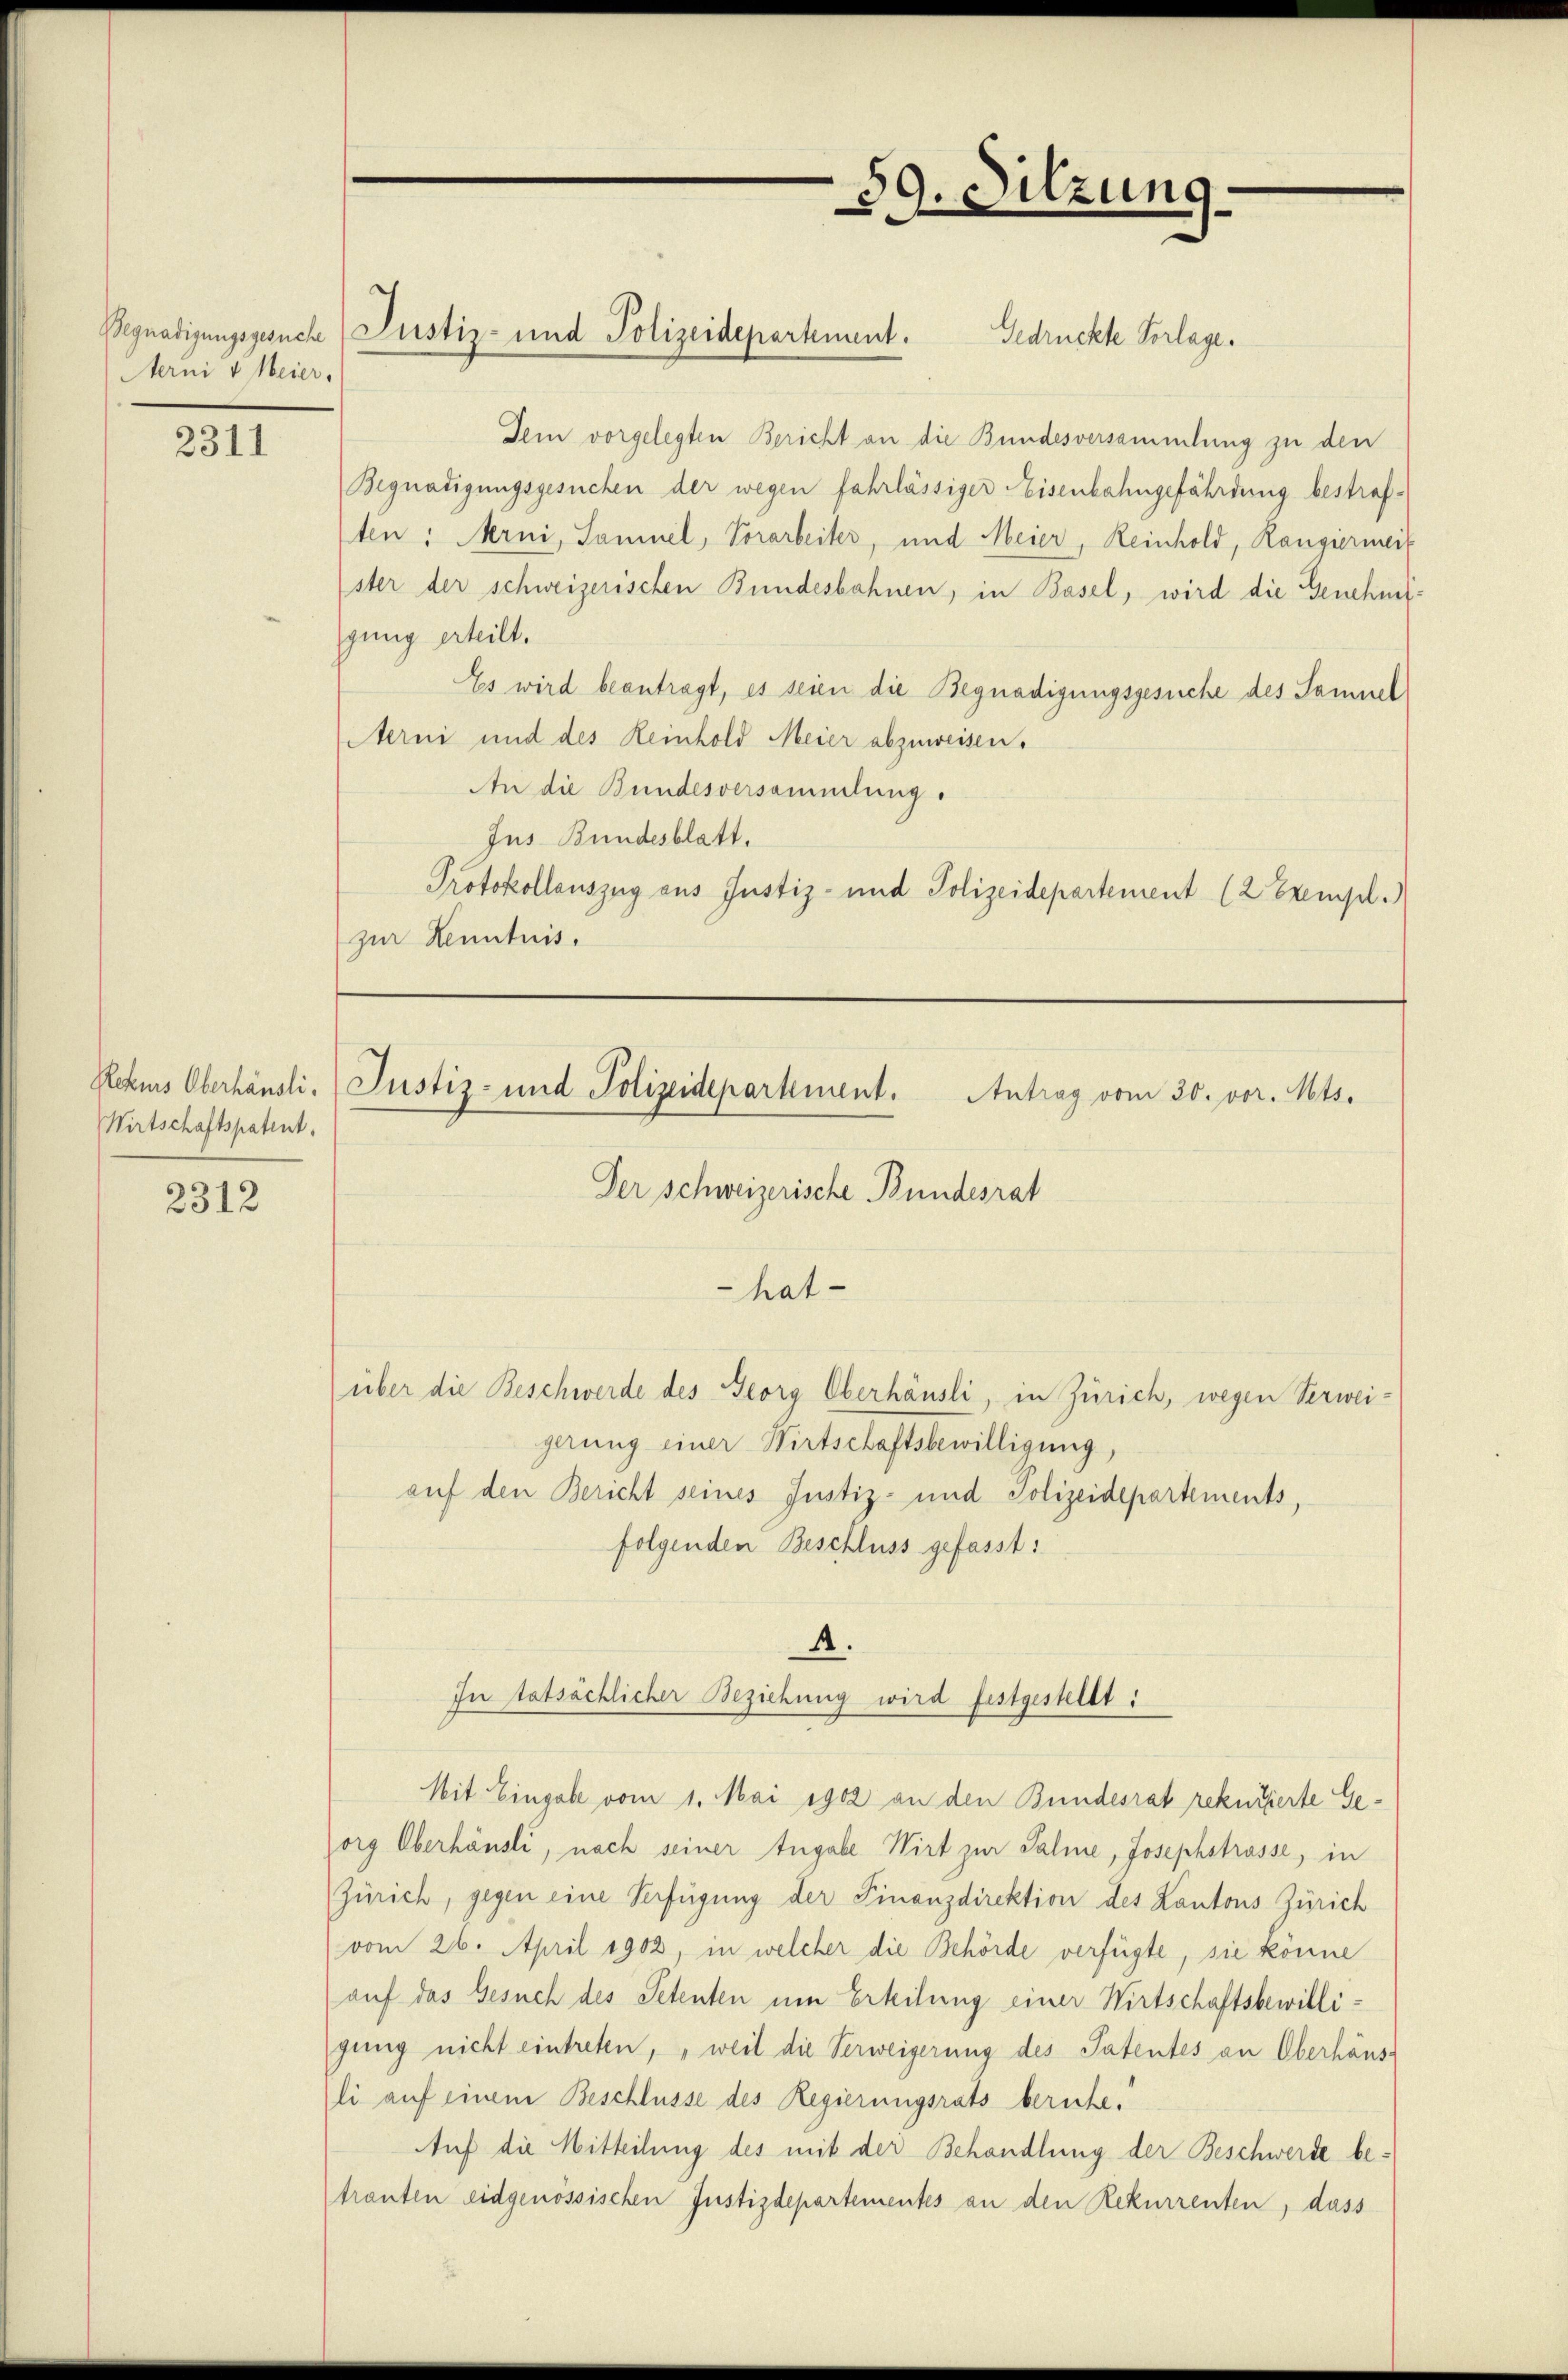
Nerni v. Meier,

2311

Rekurs Oberhändli
Wirtschaftspatent.

2312

Dem vorgelegten Bericht an die Bundesversammlung zu den
Begnadigungsgesuchen der wegen fahrlässiger Eisenbahngefährdung bestraften: Arni, Samuel, Vorarbeiter, und Meier, Reinhold, Rangiermeis
ster der schweizerischen Bundesbahnen, in Basel, wird die Genehmigung erteilt.
Es wird beantragt, es seien die Begnadigungsgesuche des Sammel
Aerni und des Reinhold Meier abzuweisen.
An die Bundesversammlung.
Jus Bundesblatt.
Protokollauszug aus Justiz- und Polizeidepartement (2 Exempl.)
zur Kenntnis.

Begnadigungsgesuche Justiz- und Polizeidepartement. Gedruckte Vorlage.

59. Sitzung

Justiz- und Polizeidepartement. Antrag vom 30. vor. Mts.

Der Schweizerische Bundesrat
hat-

In tatsächlicher Beziehung wird festgestellt:

über die Beschwerde des Georg Oberhäusli, in Zürich, wegen Verweigerung einer Wirtschaftsbewilligung,
auf den Bericht seines Justiz- und Polizeidepartements,
folgenden Beschluss gefasst:
4.
Mit Eingabe vom 1. Mai 1902 an den Bundesrat rekursierte Georg Oberhäusli, nach seiner Angabe Wirt zur Salie, Josephstrasse, in
Zürich, gegen eine Verfügung der Finanzdirektion des Kantons Zürich
(vom 26. April 1902, in welcher die Behörde verfügte, sie könne
auf das Gesuch des Petenten um Erteilung einer Wirtschaftsbewilligung nicht eintreten, „weil die Verweigerung des Patentes an Oberhäus-
li auf einem Beschlüsse des Regierungsrats beruhe.
Auf die Mitteilung des mit der Behandlung der Beschwerde betranten eidgenössischen Justizdepartementes an den Rekurrenten, dass